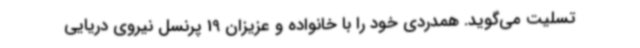
تسلیت می‌گوید. همدردی خود را با خانواده و عزیزان 19 پرنسل نیروی دریایی